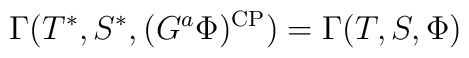
\Gamma(T^*,S^*,(G^{a}\Phi)^{\rm CP}) = \Gamma(T,S,\Phi)